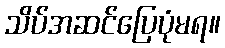
သိပ်အဆင်ပြေပုံမရ။